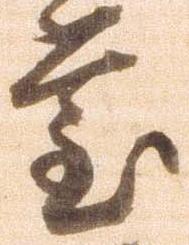
堂